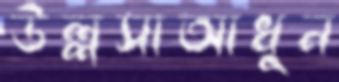
উল্লসাআধুন